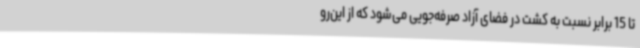
تا 15 برابر نسبت به کشت در فضای آزاد صرفه‌جویی می‌شود که از این‌رو